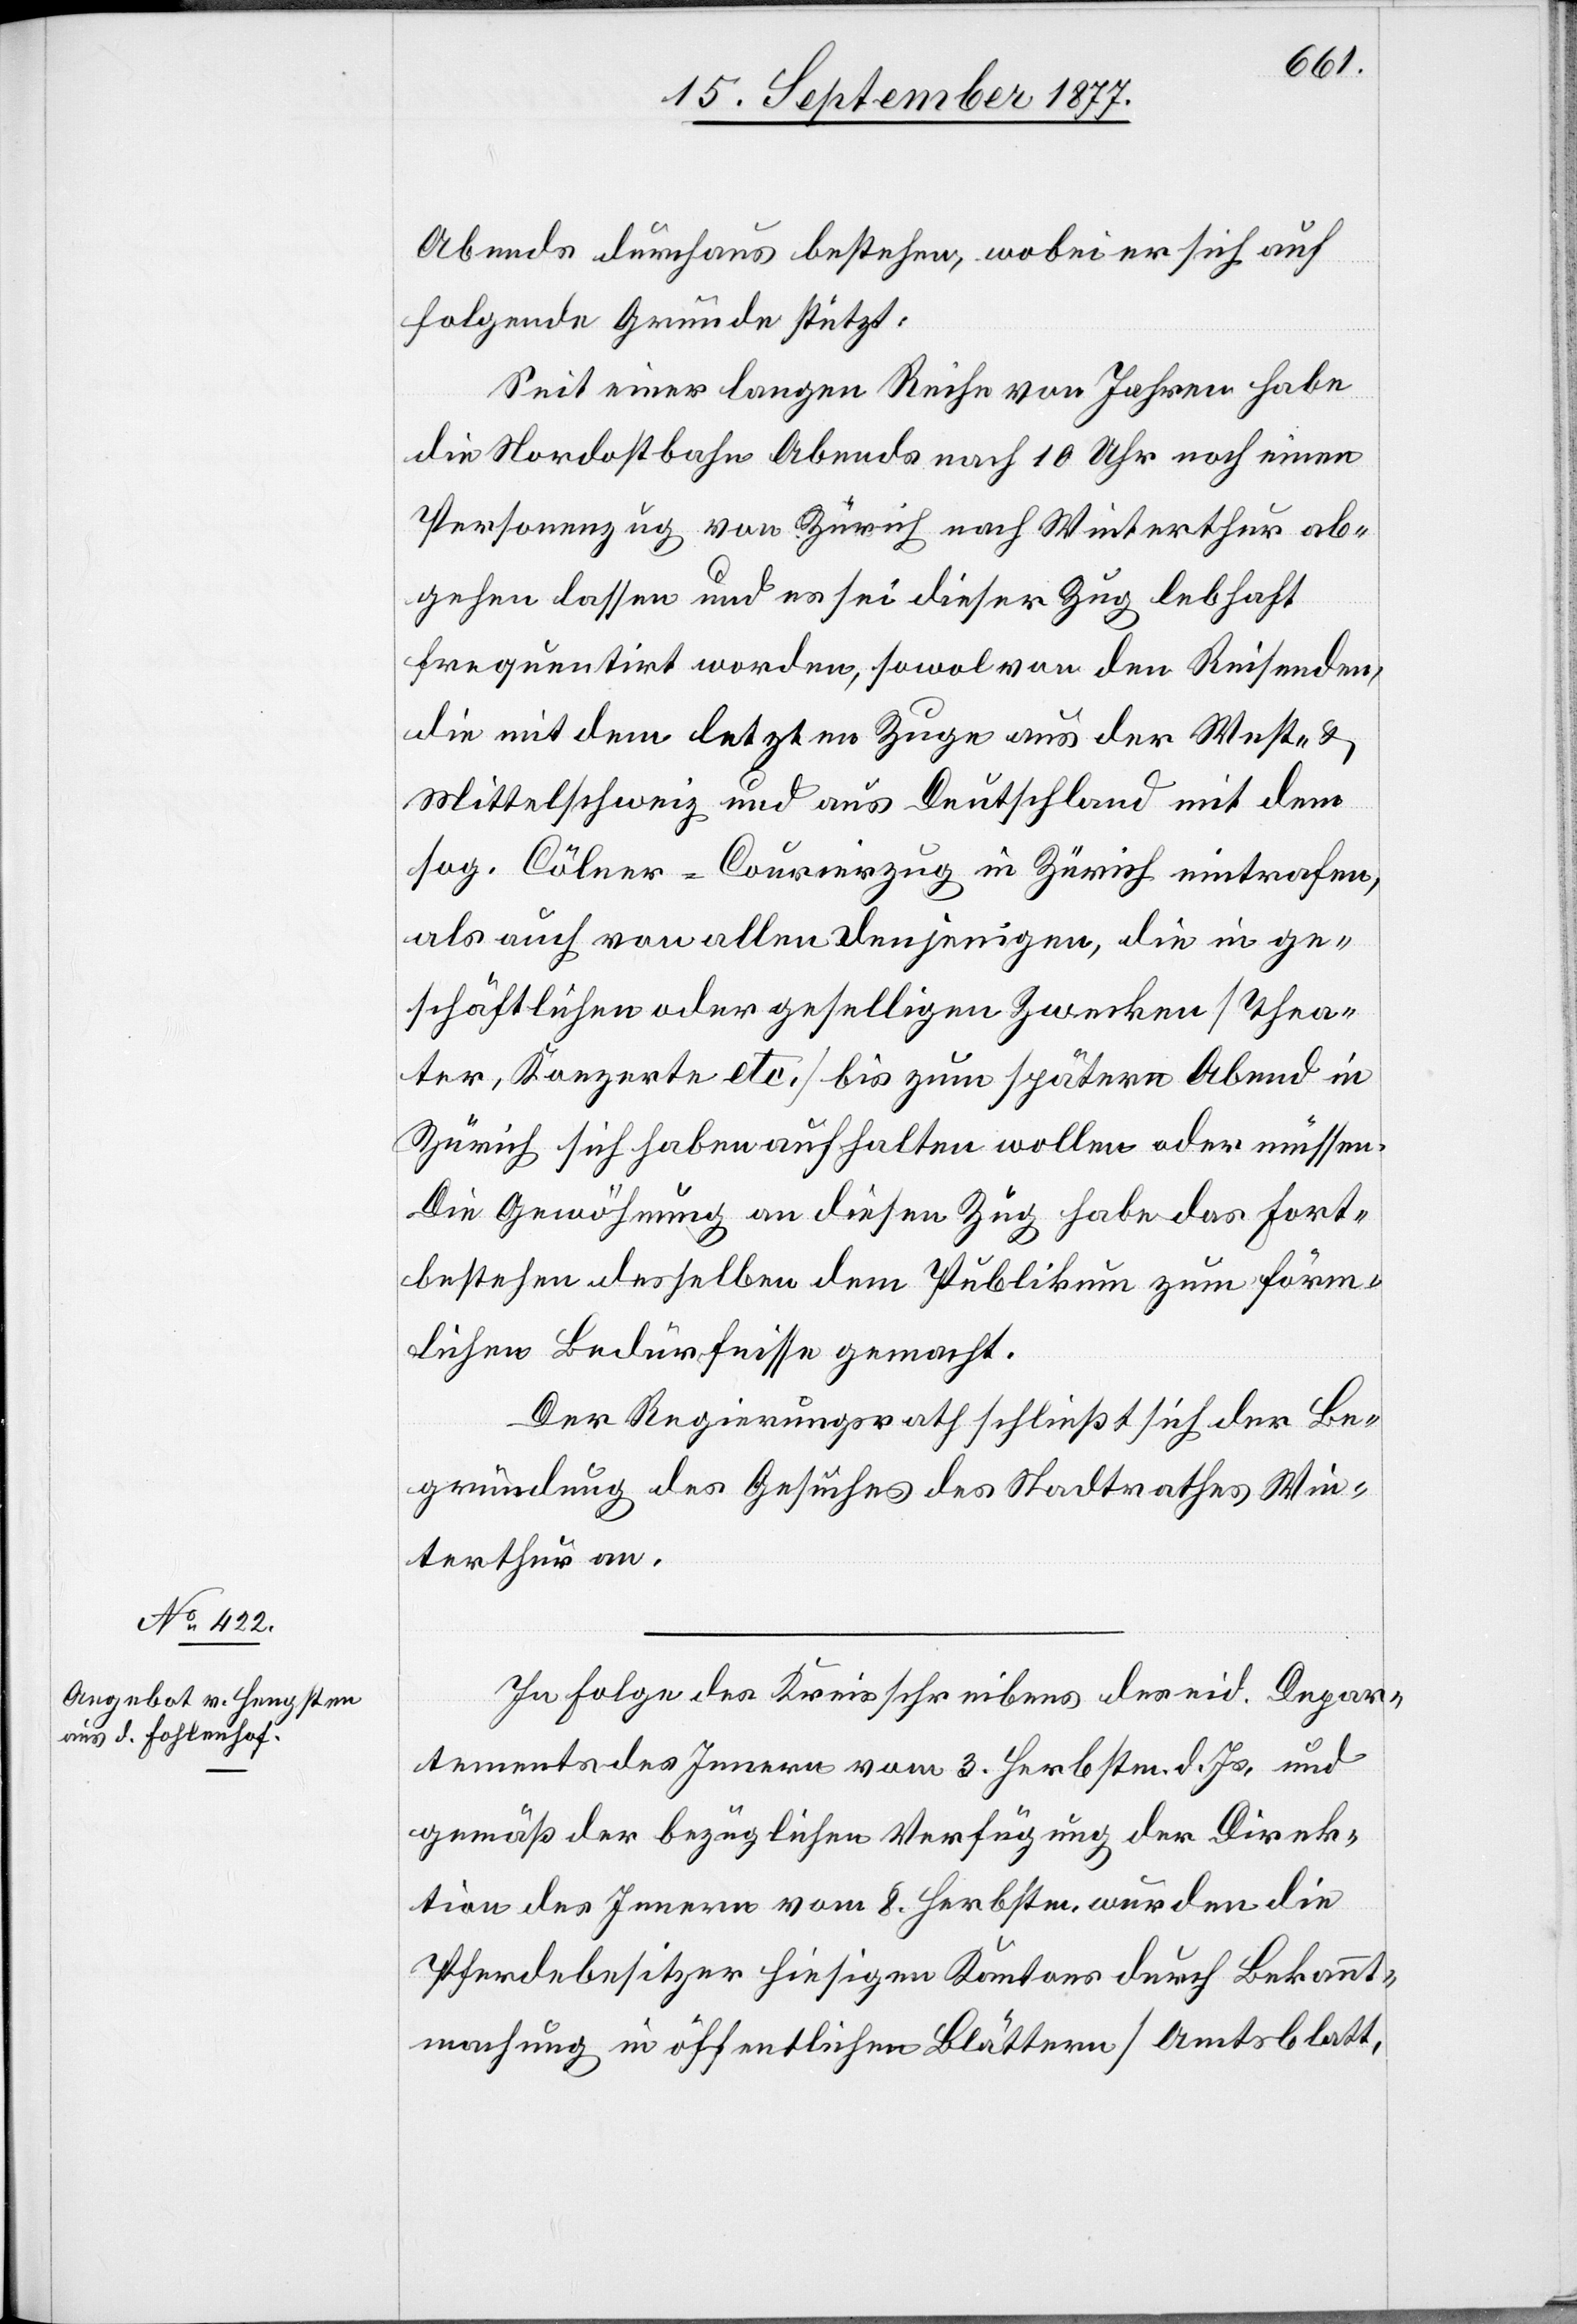
17. September 1877.]
Abends durchaus bestehen, wobei er sich auf
folgende Gründe stützt:
Seit einer langen Reihe von Jahren habe
die Nordostbahn Abends nach 10 Uhr noch einen
Personenzug von Zürich nach Winterthur ab¬
gehen lassen und es sei dieser Zug lebhaft
frequentirt worden, sowol von den Reisenden,
die mit dem letzten Zuge aus der West- &
Mittelschweiz und aus Deutschland mit dem
sog. Cölner-Courierzug in Zürich eintrafen,
als auch von allen denjenigen, die in ge¬
schäftlichen oder geselligen Zwecken [Thea¬
ter, Konzerte etc.] bis zum spätern Abend in
Zürich sich haben aufhalten wollen oder müssen.
Die Gewöhnung an diesen Zug habe das Fort¬
bestehen desselben dem Publikum zum förm¬
lichen Bedürfnisse gemacht.
Der Regierungsrath schließt sich der Be¬
gründung des Gesuches des Stadtrathes Win¬
terthur an.
In Folge des Kreisschreibens des eid. Depar¬
tements des Innern vom 3. Herbstm. d. Js. und
gemäß der bezüglichen Verfügung der Direk¬
tion des Innern vom 8. Herbstm. wurden die
Pferdebesitzer hiesigen Kantons durch Bekannt¬
machung in öffentlichen Blättern [Amtsblatt,